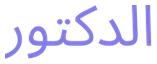
الدكتور